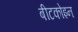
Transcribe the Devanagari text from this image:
बीटकोइन